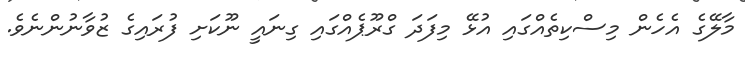
މާލޭގެ އެހެން މިސްކިތެއްގައި އުޅޭ މިފަދަ ގްރޫޕެއްގައި ގިނައީ ނޫކަށި ފުރައިގެ ޒުވާނުންނެވެ.